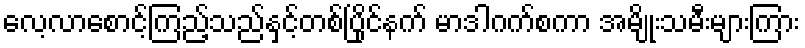
လေ့လာစောင့်ကြည့်သည်နှင့်တစ်ပြိုင်နက် မာဒါဂက်စကာ အမျိုးသမီးများကြား